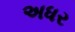
અધર